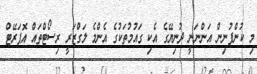
މި ކުންފުނިން އަންނަނީ ދުނިޔޭގެ އެކި ގައުމުތަކުގެ އެންމެ ލަގްޒަރީ ރިސޯޓްތައް އޮޕަރޭޓް